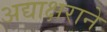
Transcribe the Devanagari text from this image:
अद्याक्षराने